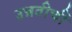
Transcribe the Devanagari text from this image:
उन्नतीचीं